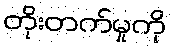
တိုးတက်မှုကို